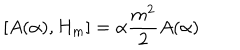
LaTeX: \left[ A ( \alpha ) , H _ { m } \right] = \alpha { \frac { m ^ { 2 } } { 2 } } A ( \alpha )